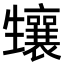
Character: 𤰂